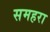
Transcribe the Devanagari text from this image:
समहरा